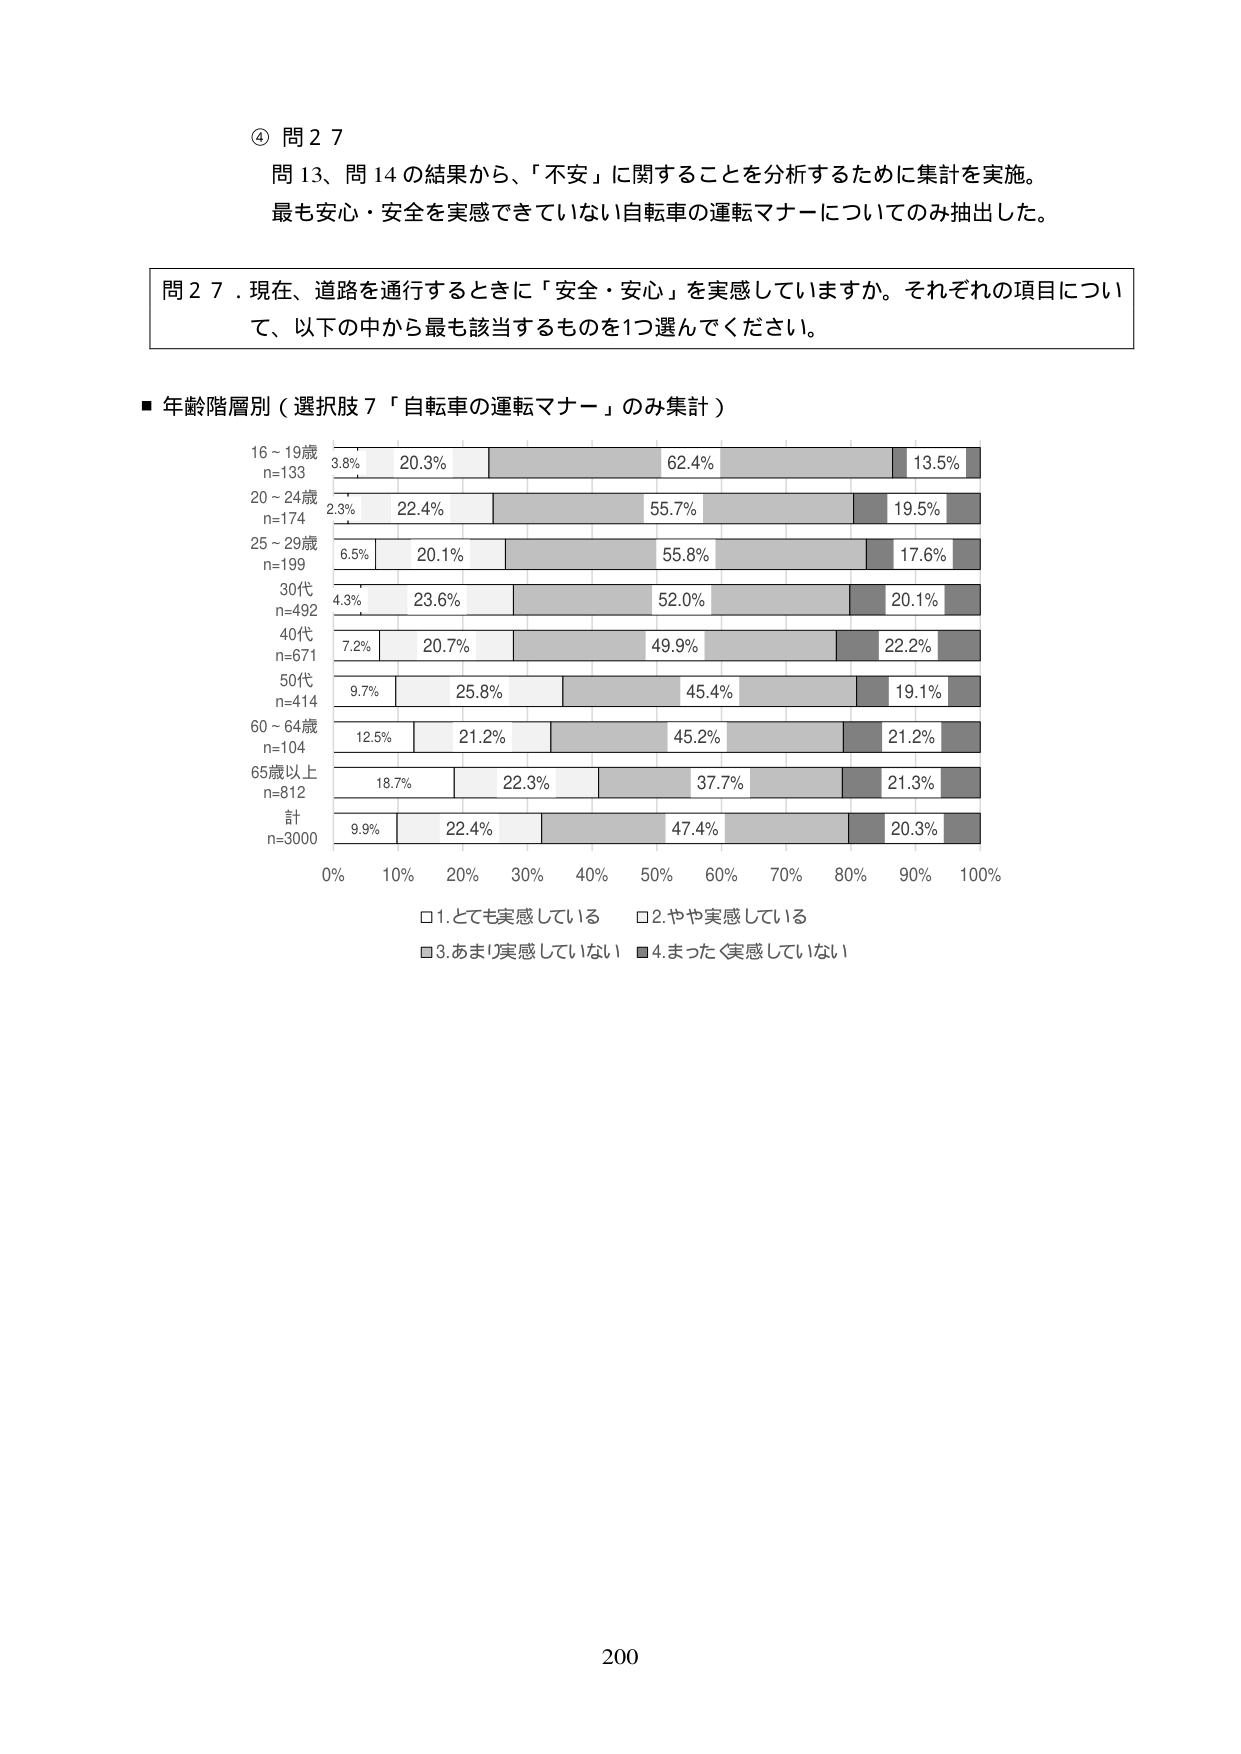
④ 問２７
問１３、問１４の結果から、「不安」に関することを分析するために集計を実施。
最も安心・安全を実感できていない自転車の運転マナーについてのみ抽出した。

問２７．現在、道路を通行するときに「安全・安心」を実感していますか。それぞれの項目について、以下の中から最も該当するものを１つ選んでください。

■ 年齢階層別（選択肢７「自転車の運転マナー」のみ集計）

16～19歳
n=133
3.8%　20.3%　62.4%　13.5%

20～24歳
n=174
2.3%　22.4%　55.7%　19.5%

25～29歳
n=199
6.5%　20.1%　55.8%　17.6%

30代
n=492
4.3%　23.6%　52.0%　20.1%

40代
n=671
7.2%　20.7%　49.9%　22.2%

50代
n=414
9.7%　25.8%　45.4%　19.1%

60～64歳
n=104
12.5%　21.2%　45.2%　21.2%

65歳以上
n=812
18.7%　22.3%　37.7%　21.3%

計
n=3000
9.9%　22.4%　47.4%　20.3%

0%　10%　20%　30%　40%　50%　60%　70%　80%　90%　100%

□1. とても実感している　□2. やや実感している
□3. あまり実感していない　■4. まったく実感していない

200